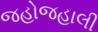
જહોજહાલી